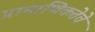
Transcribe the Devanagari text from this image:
प्रामाणिकतेचे